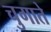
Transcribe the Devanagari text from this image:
चुगाते